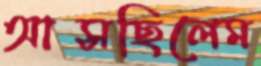
আসছিলেম